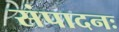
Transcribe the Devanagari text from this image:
संपादनः